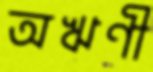
অঋণী